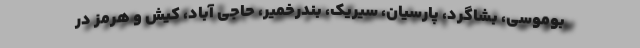
بوموسی، بشاگرد، پارسیان، سیریک، بندرخمیر، حاجی آباد، کیش و هرمز در